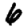
Digit: 6